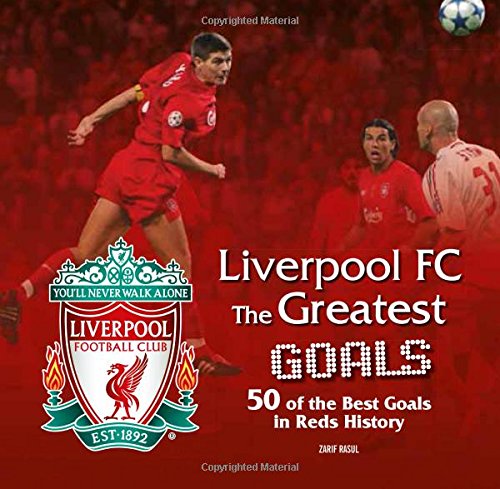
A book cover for Liverpool FC Greatest Goals; Liverpool Football Club; Biographies & Memoirs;